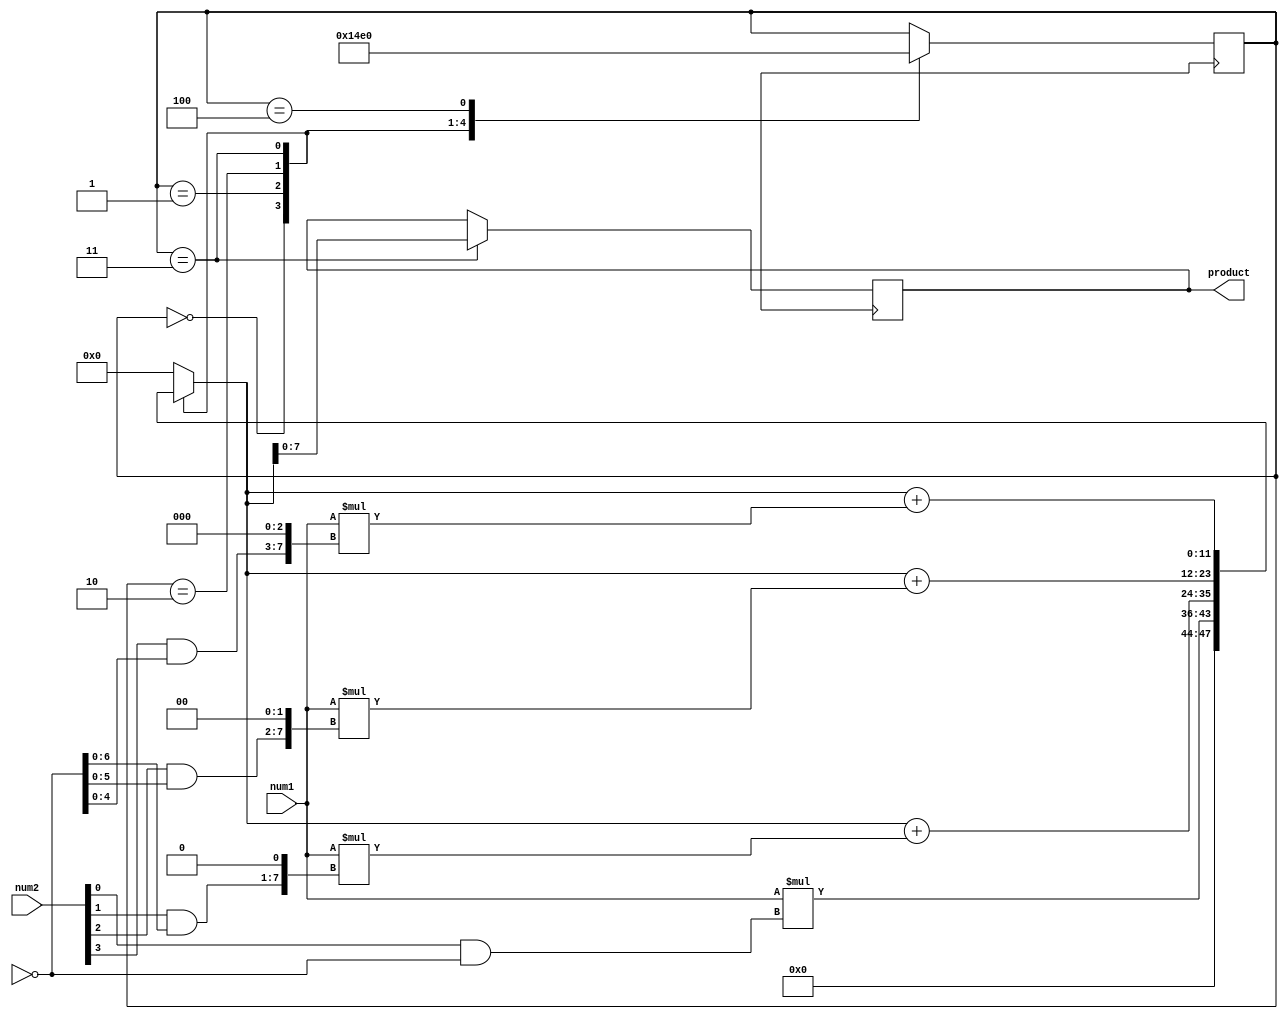
module booth_multiplier(
  input [3:0] num1,
  input [3:0] num2,
  output reg [7:0] product
);

reg [7:0] partial_products [3:0];
reg [11:0] wallace_tree_output;
reg [2:0] control_state;
reg booth_count;

always @(*) begin
  case(control_state)
    0: begin
      partial_products[0] = num1 * (num2[0] & ~booth_count);
      wallace_tree_output = partial_products[0];
    end
    1: begin
      partial_products[1] = num1 * ((num2[1] & ~booth_count) << 1);
      wallace_tree_output = wallace_tree_output + partial_products[1];
    end
    2: begin
      partial_products[2] = num1 * ((num2[2] & ~booth_count) << 2);
      wallace_tree_output = wallace_tree_output + partial_products[2];
    end
    3: begin
      partial_products[3] = num1 * ((num2[3] & ~booth_count) << 3);
      wallace_tree_output = wallace_tree_output + partial_products[3];
    end
    default: wallace_tree_output = 12'b0;
  endcase
end

always @(posedge clk) begin
  case(control_state)
    0: control_state <= 1;
    1: control_state <= 2;
    2: control_state <= 3;
    3: begin
      product <= wallace_tree_output[7:0];
      control_state <= 4;
    end
    4: control_state <= 0;
  endcase
end

endmodule